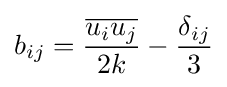
b_{ij}={\frac {\overline {u_{i}u_{j}}}{2k}}-{\frac {\delta _{ij}}{3}}